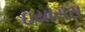
ઇયાસરા